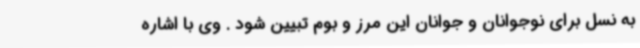
به نسل برای نوجوانان و جوانان این مرز و بوم تبیین شود . وی با اشاره